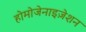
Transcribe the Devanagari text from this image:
होमोजेनाइज़ेशन